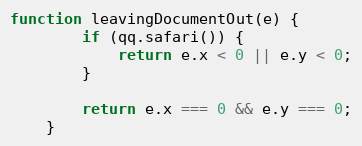
Language: JavaScript
function leavingDocumentOut(e) {
        if (qq.safari()) {
            return e.x < 0 || e.y < 0;
        }

        return e.x === 0 && e.y === 0;
    }